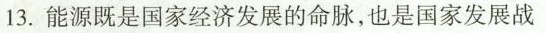
13.能源既是国家经济发展的命脉，也是国家发展战